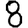
Digit: 8